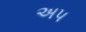
અપ